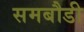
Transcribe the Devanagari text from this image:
समबौडी